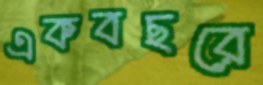
একবছরে